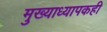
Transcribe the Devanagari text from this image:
मुख्याध्यापकही